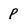
Character: p